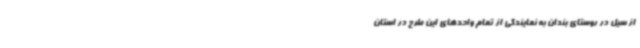
از سیل در روستای بندان به نمایندگی از تمام واحدهای این طرح در استان